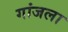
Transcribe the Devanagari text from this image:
गांजला